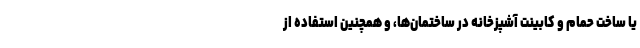
یا ساخت حمام و کابینت آشپزخانه در ساختمان‌ها، و همچنین استفاده از